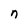
Character: n